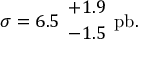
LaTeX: \sigma = 6 . 5 \ { + 1 . 9 \atop - 1 . 5 } \ \mathrm { p b } .